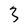
Character: 3